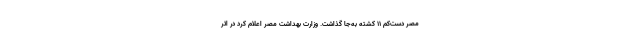
مصر دست‌کم ۱۱ کشته به‌جا گذاشت. وزارت بهداشت مصر اعلام کرد در اثر